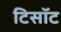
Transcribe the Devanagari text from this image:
टिसॉट